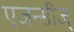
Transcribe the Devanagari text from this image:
एजन्सीज्